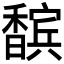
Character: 𮹀